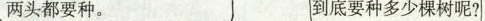
两头都要种。 到底要种多少棵树呢?